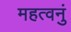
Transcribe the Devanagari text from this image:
महत्वनुं